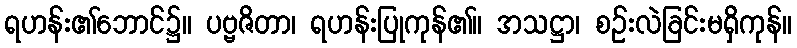
ရဟန်း၏ဘောင်၌။ ပဗ္ဗဇိတာ၊ ရဟန်းပြုကုန်၏။ အသဋ္ဌာ၊ စဉ်းလဲခြင်းမရှိကုန်။